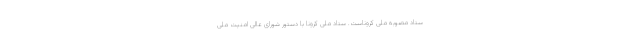
ستاد مصوبه ملی کروناست. ستاد ملی کرونا با دستور شورای عالی امنیت ملی